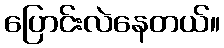
ပြောင်းလဲနေတယ်။